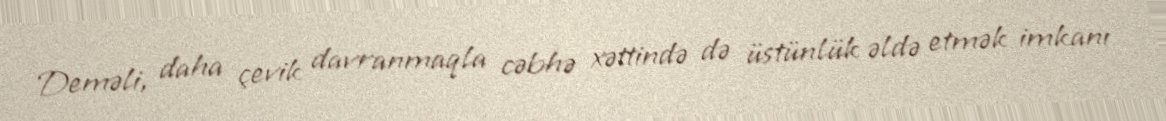
Deməli, daha çevik davranmaqla cəbhə xəttində də üstünlük əldə etmək imkanı